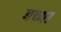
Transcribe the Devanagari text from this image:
बच्या